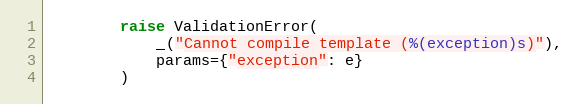
Language: Python
        raise ValidationError(
            _("Cannot compile template (%(exception)s)"),
            params={"exception": e}
        )